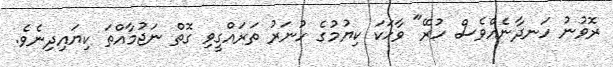
ރޮވުނު ހަނދާނެއްވެސް ހުރޭ" ވާހަކަ ކިޔުމުގެ ހުނަރު ތަރައްގީވި ގޮތް ނަޖުމާއްތަ ކިޔައިދިނެވެ.